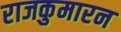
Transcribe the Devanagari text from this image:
राजकुमारन